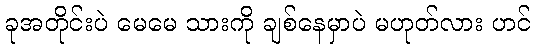
ခုအတိုင်းပဲ မေမေ သားကို ချစ်နေမှာပဲ မဟုတ်လား ဟင်